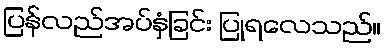
ပြန်လည်အပ်နှံခြင်း ပြုရလေသည်။